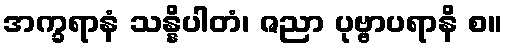
အက္ခရာနံ သန္နိပါတံ၊ ဇညာ ပုဗ္ဗာပရာနိ စ။